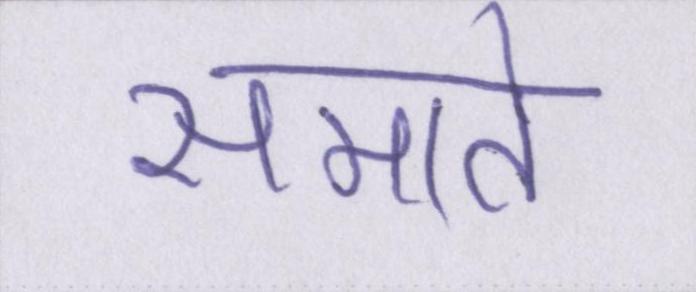
समाते